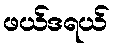
ဖယ်ဒရယ်